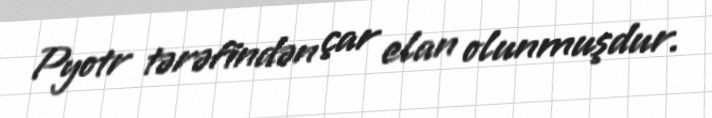
Pyotr tərəfindən çar elan olunmuşdur.